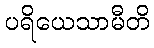
ပရိယေသာမီတိ